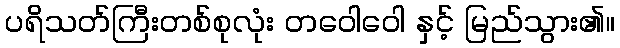
ပရိသတ်ကြီးတစ်စုလုံး တဝေါဝေါ နှင့် မြည်သွား၏။